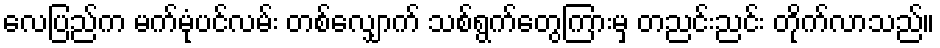
လေပြည်က မက်မုံပင်လမ်း တစ်လျှောက် သစ်ရွက်တွေကြားမှ တညင်းညင်း တိုက်လာသည်။